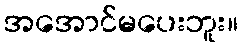
အအောင်မပေးဘူး။